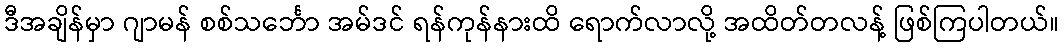
ဒီအချိန်မှာ ဂျာမန် စစ်သင်္ဘော အမ်ဒင် ရန်ကုန်နားထိ ရောက်လာလို့ အထိတ်တလန့် ဖြစ်ကြပါတယ်။